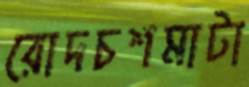
রোদচশমাটা